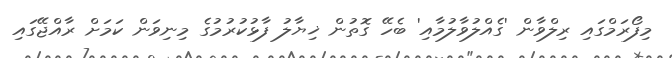
މިފޯރަމްގައި ރިލްވާން 'ގެއްލުވާލުމާއި' ބެހޭ ގޮތުން ޚިޔާލު ފާޅުކުރުމުގެ މިނިވަން ކަމަށް ރާއްޖޭގައި